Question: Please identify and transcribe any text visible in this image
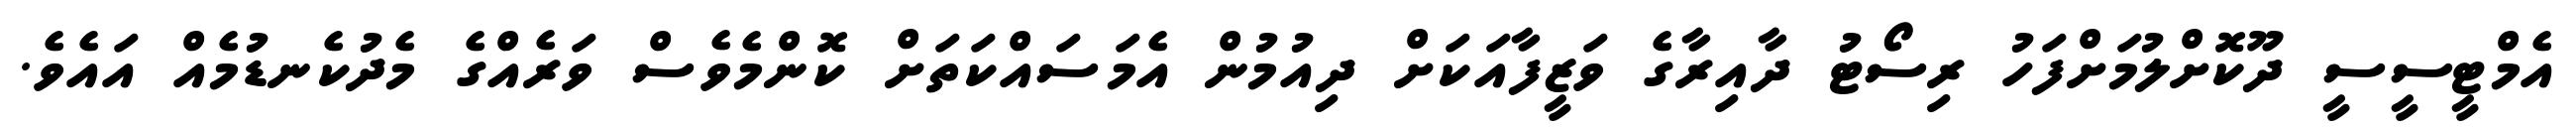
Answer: އެމްޓީސީސީ ދޫކޮށްލުމަށްފަހު ރިސޯޓު ދާއިރާގެ ވަޒީފާއަކަށް ދިއުމުން އެމަސައްކަތަށް ކޮންމެވެސް ވަރެއްގެ މެދުކެނޑުމެއް އައެވެ.